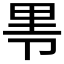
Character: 𰆐